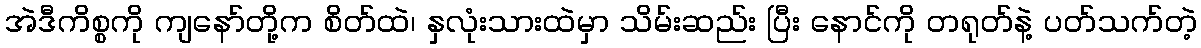
အဲဒီကိစ္စကို ကျနော်တို့က စိတ်ထဲ၊ နှလုံးသားထဲမှာ သိမ်းဆည်း ပြီး နောင်ကို တရုတ်နဲ့ ပတ်သက်တဲ့